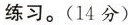
练习。(14分)